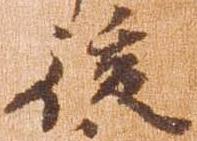
後